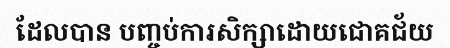
ដែលបាន បញ្ចប់ការសិក្សាដោយជោគជ័យ